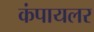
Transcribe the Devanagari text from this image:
कंपायलर